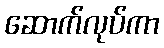
ဆောက်လုပ်ကာ